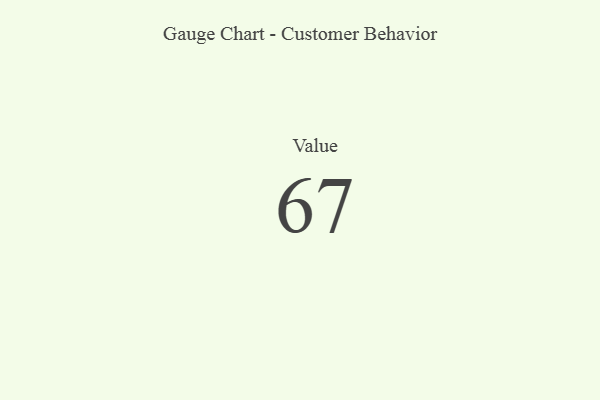
{"axis": {"x": "Metric", "y": "Value"}, "legend": [""], "data": [{"x": "Value", "y": 67, "type": ""}]}